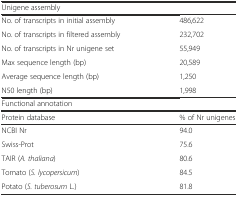
| Unigene assembly |  |
 | --- | --- |
 | No. of transcripts in initial assembly | 486,622 |
 | No. of transcripts in filtered assembly | 232,702 |
 | No. of transcripts in Nr unigene set | 55,949 |
 | Max sequence length (bp) | 20,589 |
 | Average sequence length (bp) | 1,250 |
 | N50 length (bp) | 1,998 |
 | Functional annotation |  |
 | Protein database | % of Nr unigenes |
 | NCBI Nr | 94.0 |
 | Swiss-Prot | 75.6 |
 | TAIR (A. thaliana) | 80.6 |
 | Tomato (S. lycopersicum) | 84.5 |
 | Potato (S. tuberosum L.) | 81.8 |